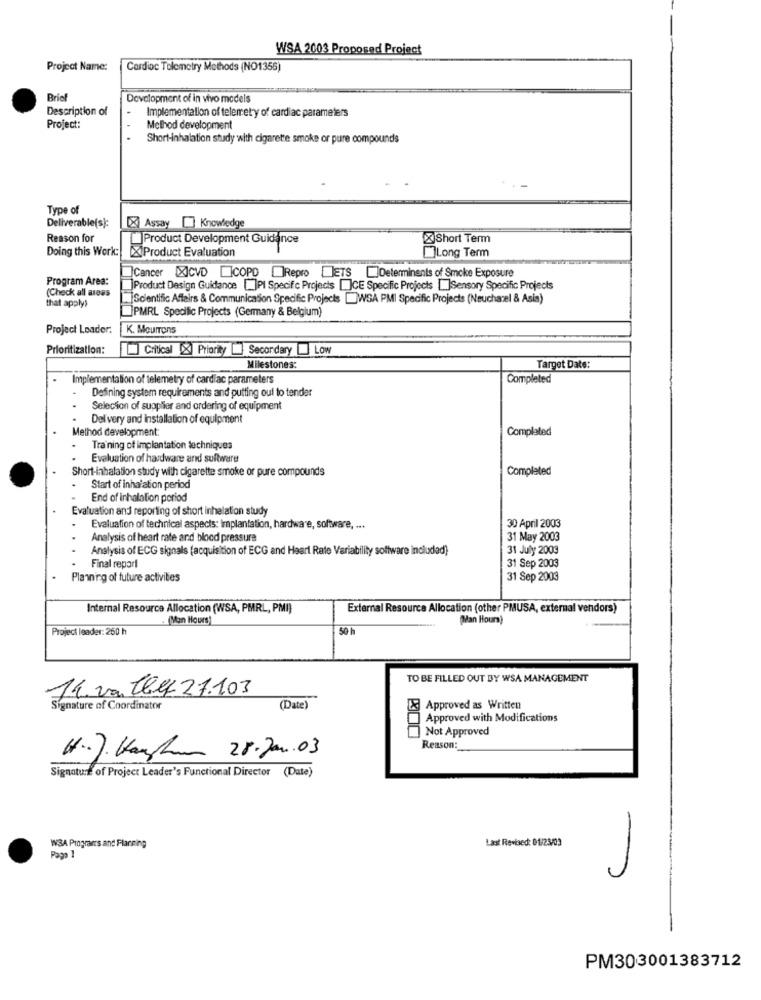
WSA 2003 Proposed Project
Project Name:
Cardioc Telemetry Methods (NO1355)
Briof
Development of in vivo models
Description of
Implementation of telemetry of cardiac parameters
Project:
Melhod development
Short-inhalation study with cigarette smoke or pure compounds
Type of
Deliverable(s):
[X Assay [] Knowledge
Reason for
Product Development Guidance
XShort Term
Doing this Work:
[X]Product Evaluation
Long Term
Program Area:
Cancer IXICVD ICOPO Repro IETS []Determinents of Smoke Exposure
(Check all areas
[Product Design Guidance []PI Specific Projects []CE Specific Projects []Sensory Specific Projects
that apply>
Scientific Affairs & Communication Specific Projects []WSA PMI Specific Projects (Neuchatel & Asis)
PMRL Specific Projects (Germany & Belgium)
Project Leader.
K. MourTons
Prioritization:
Critical [X] Priority Secordary Low
Milestones:
Target Date:
Implementation of telemetry of cardiac parameters
Completed
Defining system requirements and putting oul to tender
Selection of supplier and ordering of equipment
Delivery and Installation of equipment
Method development
Completed
Training of implantation techniques
Evaluation of hardware and suftware
Short-inhalation study with cigarette smoke or pure compounds
Completed
Start of inhaiation period
End of inhalation period
Evaluation and reporting of short inhalation study
Evaluation of technical aspects: implantation, hardware, software, ...
30 April 2003
Analysis of heart rate and blood pressure
31 May 2003
Analysis of ECG signals (acquisition of ECG and Heart Rate Variability software included)
31 July 2003
31 Sep 2003
Final report
Planning of future activities
31 Sep 2003
Internal Resource Allocation (WSA, PMRL, PMI)
External Resource Allocation (other PMUSA, external vendors)
(Man Hours)
(Man Hours)
Project leader: 260 h
50 h
TO BE FILLED OUT BY WSA MANAGEMENT
11. van Illf 27.103
Signature of Coordinator
(Date)
Approved as Written
Approved with Modifications
Not Approved
Reason:
H.J. Hankom 28.Jan.03
Signature of Project Leader's Functional Director (Date)
Last Revised: 01/23/03
-
WSA Programs and Planning
Page 1
PM303001383712